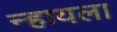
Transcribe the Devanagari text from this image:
न्हायला